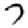
Digit: 7